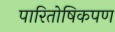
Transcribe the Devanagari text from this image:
पारितोषिकपण